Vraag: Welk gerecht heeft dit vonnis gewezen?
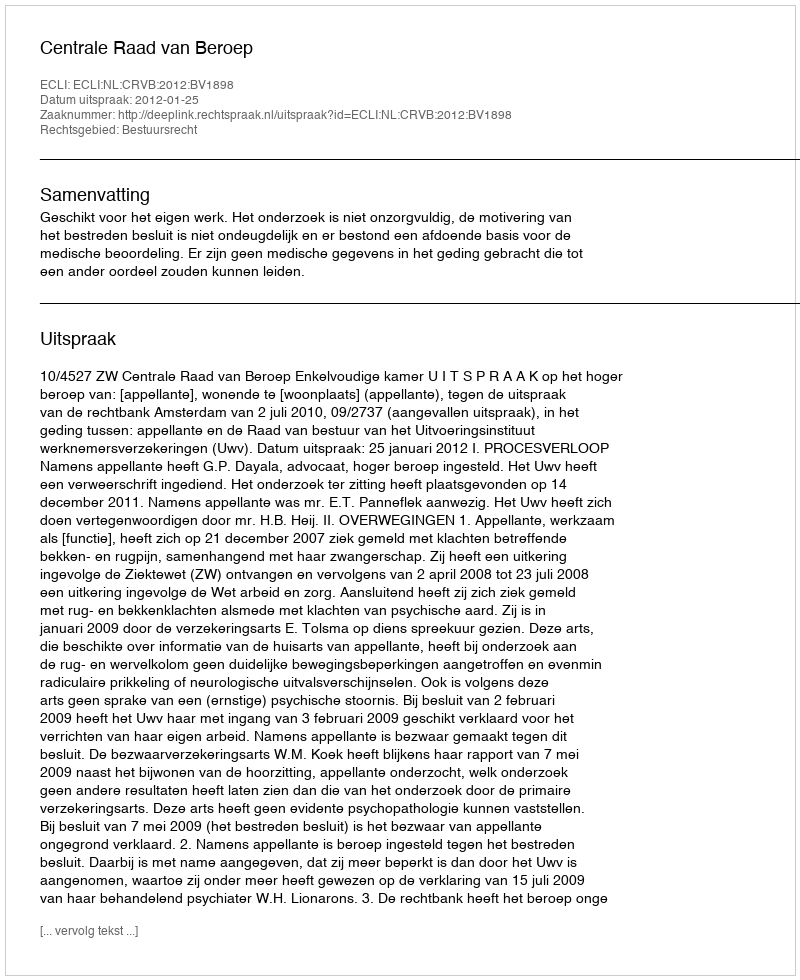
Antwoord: Centrale Raad van Beroep